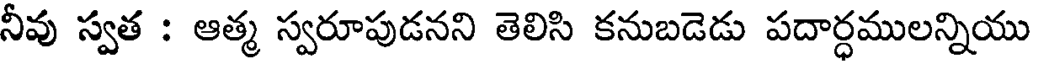
నీవు స్వత : ఆత్మ స్వరూపుడనని తెలిసి కనుబడెడు పదార్ధములన్నియు